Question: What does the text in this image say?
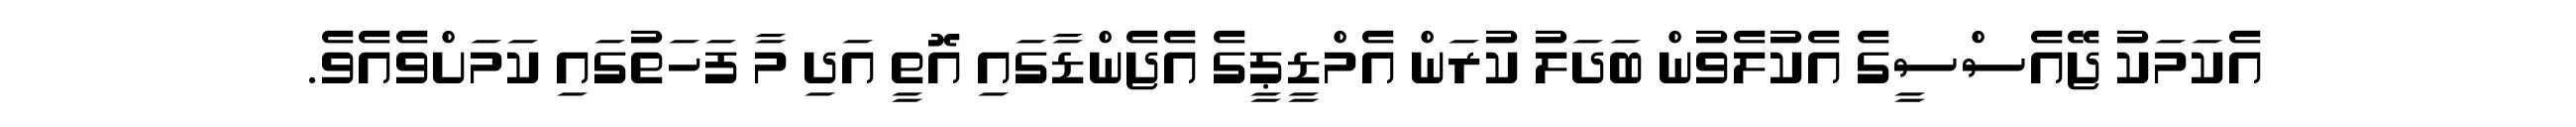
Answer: އެކަމަކު ޖޭއެސްސީގެ އެކުލެވުން ބަދަލު ކުރަން އެމްޑީޕީގެ އެޖެންޑާގައި އޮތީ އަދި މާ ފަހަތުގައި ކަމަށްވެއެވެ.